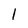
Character: 1